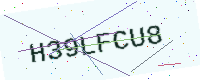
Text: H39LFCU8